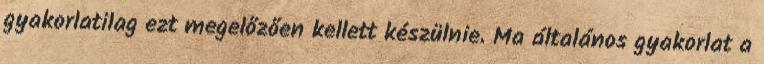
gyakorlatilag ezt megelőzően kellett készülnie. Ma általános gyakorlat a